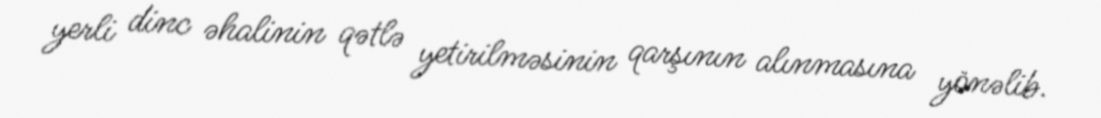
yerli dinc əhalinin qətlə yetirilməsinin qarşının alınmasına yönəlib.